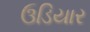
ઉડિયાર